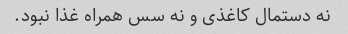
نه دستمال کاغذی و نه سس همراه غذا نبود.